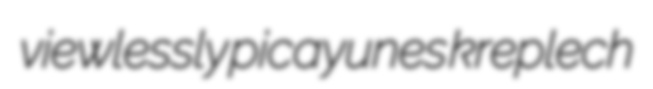
viewlessly picayunes kreplech